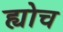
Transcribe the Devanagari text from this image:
ह्योच